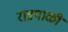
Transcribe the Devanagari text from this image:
रात्रपाळी